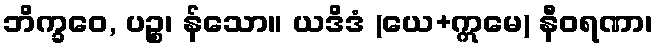
ဘိက္ခဝေ, ပဉ္စ၊ န်သော။ ယဒိဒံ (ယေ+ဣမေ) နီဝရဏာ၊